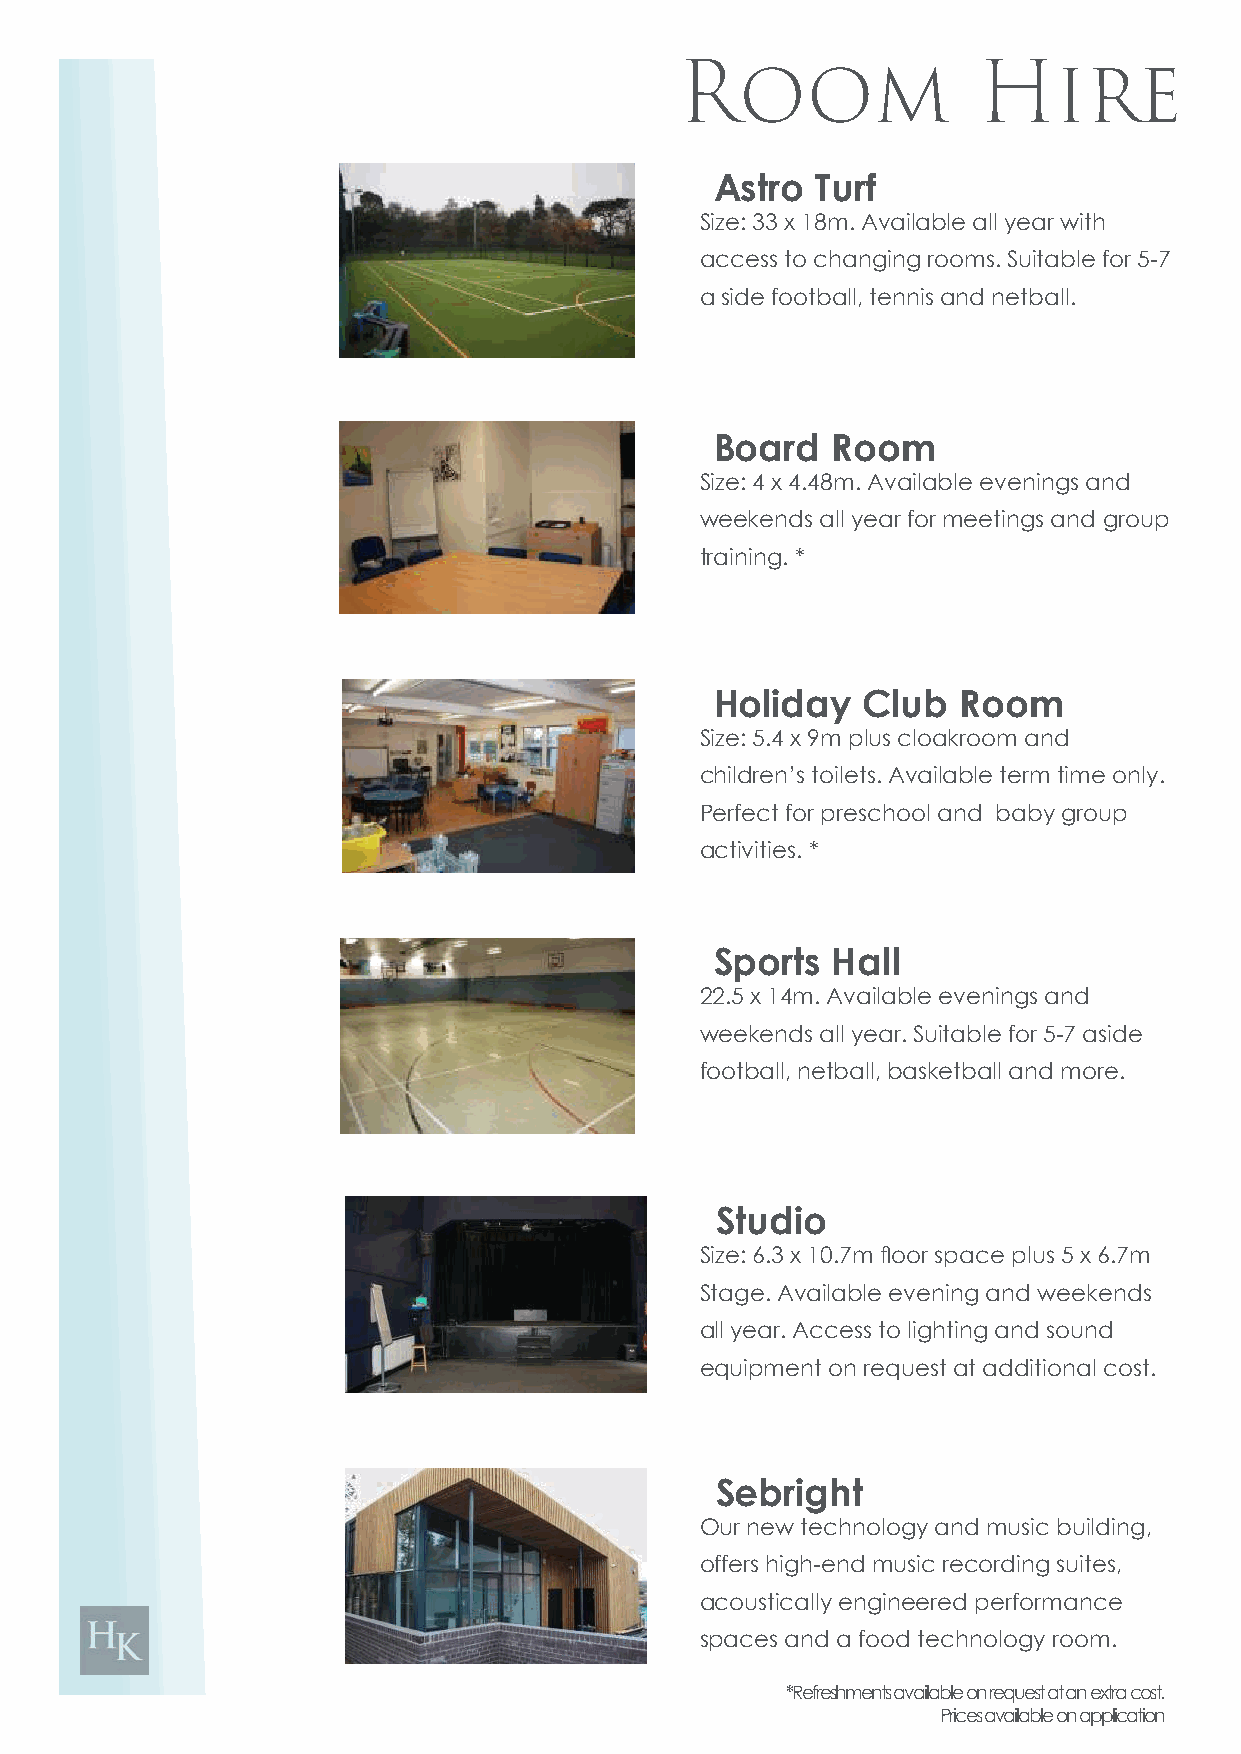
Room                Hire
 Astro  Turf
 Size: 33 x 18m. Available all year with
 access to changing rooms. Suitable for 5-7
 a side football, tennis and netball.
 Board   Room
 Size: 4 x 4.48m. Available evenings and
 weekends all year for meetings and group
 training. *
 Holiday   Club  Room
 Size: 5.4 x 9m plus cloakroom and
 children’s toilets. Available term time only.
 Perfect for preschool and baby group
 activities. *
 Sports  Hall
 22.5 x 14m. Available evenings and
 weekends all year. Suitable for 5-7 aside
 football, netball, basketball and more.
 Studio
 Size: 6.3 x 10.7m floor space plus 5 x 6.7m
 Stage. Available evening and weekends
 all year. Access to lighting and sound
 equipment on request at additional cost.
 Sebright
 Our new technology and music building,
 offers high-end music recording suites,
 acoustically engineered performance
 spaces and a food technology room.
 *Refreshments available on request at an extra cost.
 Prices available on application